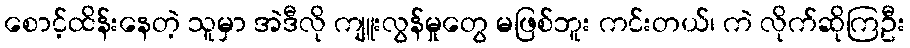
စောင့်ထိန်းနေတဲ့ သူမှာ အဲဒီလို ကျူးလွန်မှုတွေ မဖြစ်ဘူး ကင်းတယ်၊ ကဲ လိုက်ဆိုကြဦး